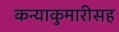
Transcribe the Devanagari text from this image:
कन्याकुमारीसह